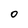
Character: 0